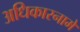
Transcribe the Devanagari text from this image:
अधिकारनामे